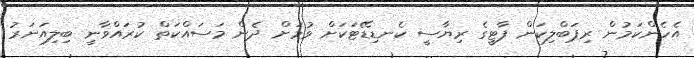
އެހެންކަމުން ރިޕަބްލިކަން ޕާޓީގެ ރިޔާސީ ކެނޑިޑޭޓަކަށް ވުމަށް ދެން މަސައްކަތް ކުރައްވާނީ ބިލިއަނަރު